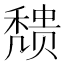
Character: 𬓼